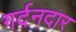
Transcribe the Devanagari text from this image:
गर्दनदार